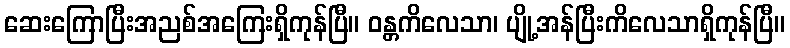
ဆေးကြောပြီးအညစ်အကြေးရှိကုန်ပြီ။ ဝန္တကိလေသာ၊ ပျို့အန်ပြီးကိလေသာရှိကုန်ပြီ။